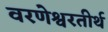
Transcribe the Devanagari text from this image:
वरणेश्वरतीर्थ